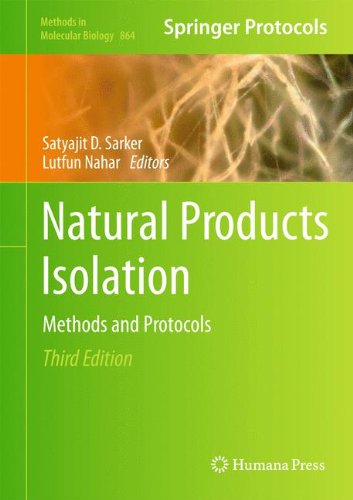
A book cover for Natural Products Isolation (Methods in Molecular Biology); Science & Math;